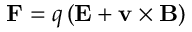
\mathbf { F } = q \left( \mathbf { E } + \mathbf { v } \times \mathbf { B } \right)